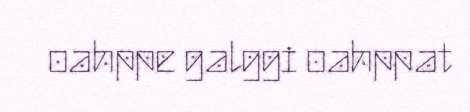
oahppe galggi oahppat